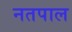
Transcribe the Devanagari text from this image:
नतपाल